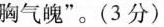
胸气魄”。(3分)